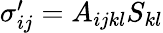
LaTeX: \begin{array}{r}{\sigma_{ij}^{\prime}=A_{ijkl}S_{kl}}\end{array}